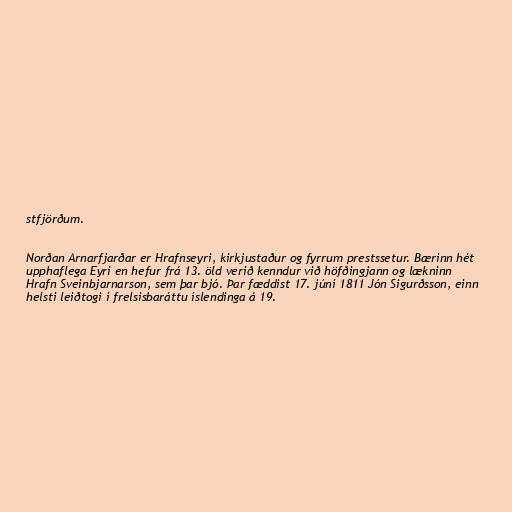
stfjörðum.

Norðan Arnarfjarðar er Hrafnseyri, kirkjustaður og fyrrum prestssetur. Bærinn hét
upphaflega Eyri en hefur frá 13. öld verið kenndur við höfðingjann og lækninn
Hrafn Sveinbjarnarson, sem þar bjó. Þar fæddist 17. júní 1811 Jón Sigurðsson, einn
helsti leiðtogi í frelsisbaráttu íslendinga á 19.